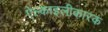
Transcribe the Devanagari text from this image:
ऐल्काइलीकारक